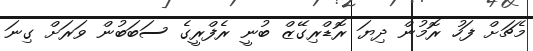
މެޗަށް ފަހު ރޮމުން ދިޔަ ރޮޑްރިގޭޒް ބުނީ ރެފްރީގެ ސަބަބުން ވަރަށް ގިނަ